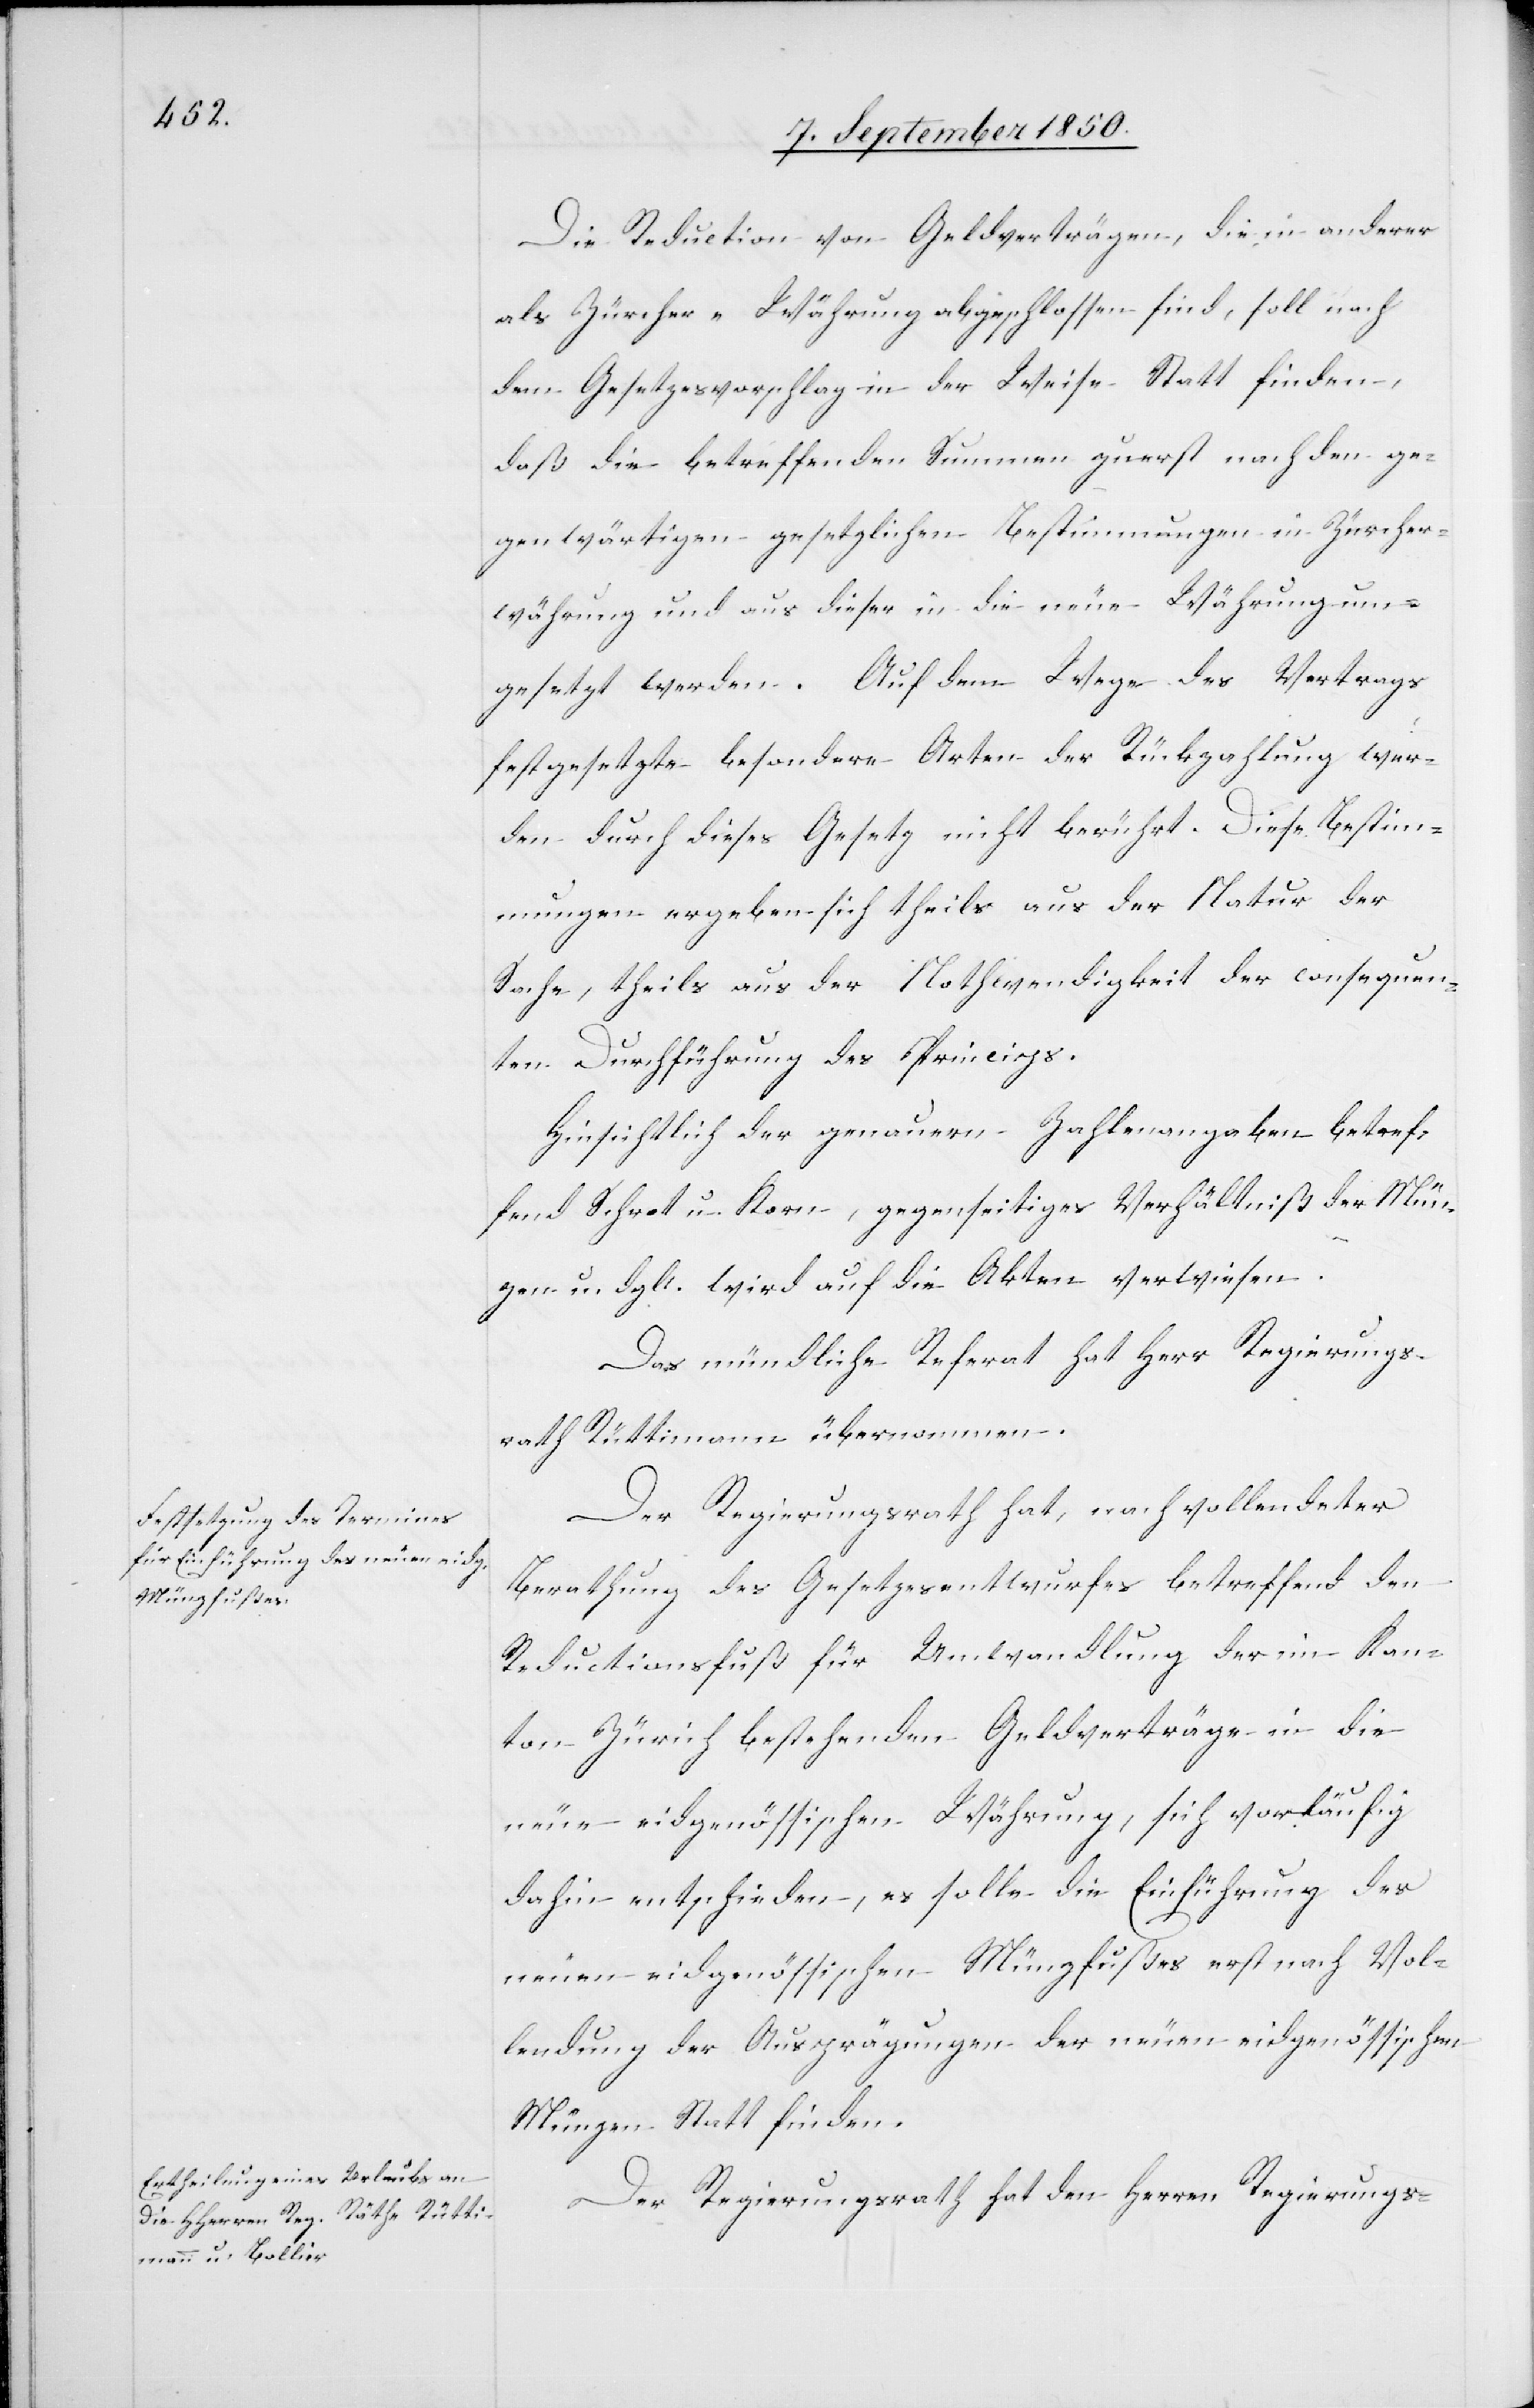
Die Reduction von Geldverträgen, die in anderer
als Zürcher-Währung abgeschlossen sind, soll nach
dem Gesetzesvorschlag in der Weise Statt finden,
daß die betreffenden Summen zuerst nach den ge¬
genwärtigen gesetzlichen Bestimmungen in Zürcher¬
währung und aus dieser in die neue Währung um¬
gesetzt werden. Auf dem Wege des Vertrags
festgesetzte besondere Arten der Rückzahlung wer¬
den durch dieses Gesetz nicht berührt. Diese Bestim¬
mungen ergeben sich theils aus der Natur der
Sache, theils aus der Nothwendigkeit der consequen¬
ten Durchführung des Princips.
Hinsichtlich der genauern Zahlenangaben betref¬
fend Schrot u. Korn, gegenseitiges Verhältniß der Mün¬
zen u. dgl. wird auf die Akten verwiesen.
Das mündliche Referat hat Herr Regierungs¬
rath Rüttimann übernommen.
Der Regierungsrath hat, nach vollendeter
Berathung des Gesetzesentwurfes betreffend den
Reductionsfuß für Umwandlung der im Kan¬
ton Zürich bestehenden Geldverträge in die
neue eidgenössischen Währung, sich vorläufig
dahin entschieden, es solle die Einführung des
neuen eidgenössischen Münzfußes erst nach Vol¬
lendung der Ausprägungen der neuen eidgenössischen
Münzen Statt finden.
Der Regierungsrath hat den Herren Regierungs-